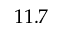
1 1 . 7